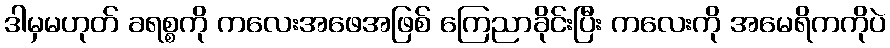
ဒါမှမဟုတ် ခရစ္စကို ကလေးအဖေအဖြစ် ကြေညာခိုင်းပြီး ကလေးကို အမေရိကကိုပဲ